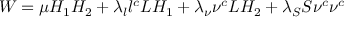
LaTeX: W = { \mu } H _ { 1 } H _ { 2 } + { \lambda _ { l } } { l ^ { c } } L H _ { 1 } + { \lambda _ { \nu } } { \nu ^ { c } } L H _ { 2 } + { \lambda _ { S } } S \nu ^ { c } \nu ^ { c }